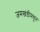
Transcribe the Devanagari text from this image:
जमखंडीमधून